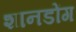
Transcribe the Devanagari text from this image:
शानडोंग